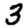
Digit: 3